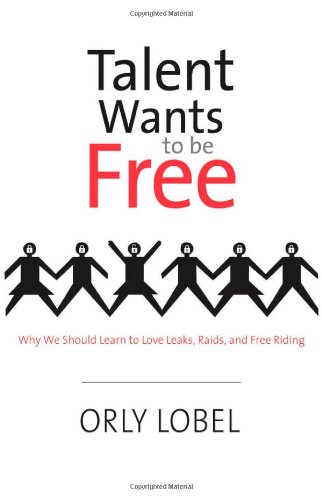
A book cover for Talent Wants to Be Free: Why We Should Learn to Love Leaks, Raids, and Free Riding; Orly Lobel; Law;